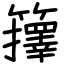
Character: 籜